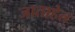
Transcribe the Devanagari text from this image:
जाताहेत